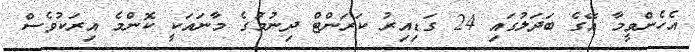
އެހެންވީމާ އޭގެ ބަދަލުގައި 24 ގަޑިއިރު ކަރަންޓް ދިނުމުގެ މާނައަކީ ކޮންމެ އިރަކުވެސް